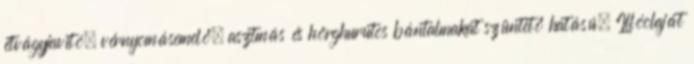
étvágyjavító, vérnyomásemelő, asztmás és hörghurutos bántalmakat szüntető hatású. Illóolaját